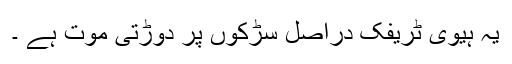
یہ ہیوی ٹریفک دراصل سڑکوں پر دوڑتی موت ہے ۔